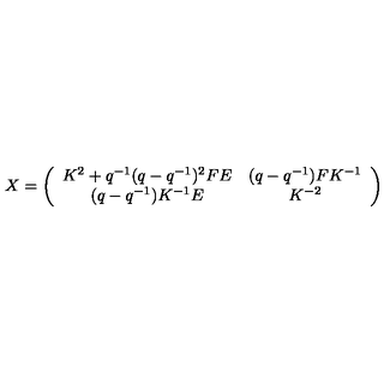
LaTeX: X = \left( \begin{array} { c c } { K ^ { 2 } + q ^ { - 1 } ( q - q ^ { - 1 } ) ^ { 2 } F E } & { ( q - q ^ { - 1 } ) F K ^ { - 1 } } \\ { ( q - q ^ { - 1 } ) K ^ { - 1 } E } & { K ^ { - 2 } } \\ \end{array} \right)